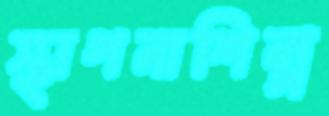
স্থাপনাশিল্প